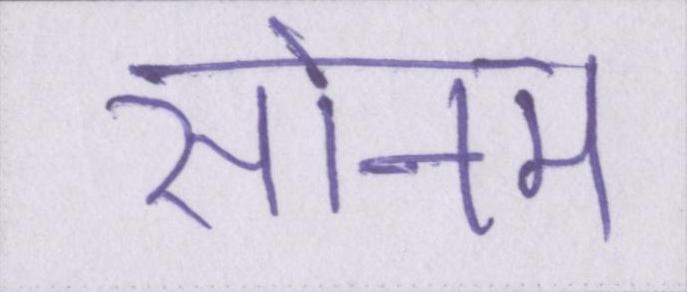
सोनम